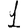
Digit: 1